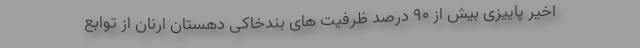
اخیر پاییزی بیش از ۹۰ درصد ظرفیت های بندخاکی دهستان ارنان از توابع